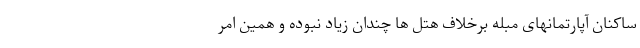
ساکنان آپارتمانهای مبله برخلاف هتل ها چندان زیاد نبوده و همین امر